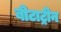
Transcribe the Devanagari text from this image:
बीटाट्रीन